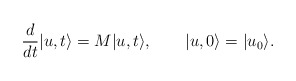
\begin{align*}\frac{d}{dt}|u,t\rangle = M|u,t\rangle,\qquad|u,0\rangle=|u_0\rangle.\end{align*}